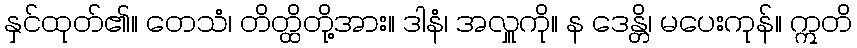
နှင်ထုတ်၏။ တေသံ၊ တိတ္ထိတို့အား။ ဒါနံ၊ အလှူကို။ န ဒေန္တိ၊ မပေးကုန်။ ဣတိ